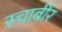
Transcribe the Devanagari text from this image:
स्चाबीर